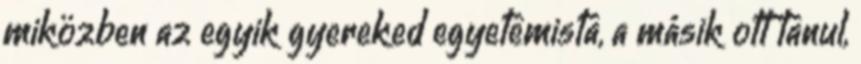
miközben az egyik gyereked egyetemista, a másik ott tanul,